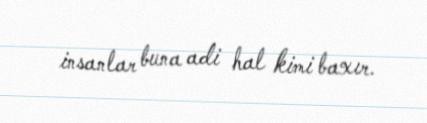
insanlar buna adi hal kimi baxır.